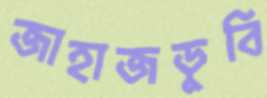
জাহাজডুবি